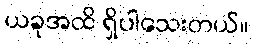
ယခုအထိ ရှိပါသေးတယ်။